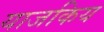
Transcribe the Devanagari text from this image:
याजकिय